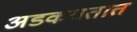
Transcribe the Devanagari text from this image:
अडकवतात